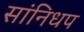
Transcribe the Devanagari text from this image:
सांनिधप